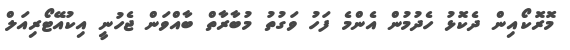
މޮރޮކޯއިން ދެކޮޅު ހެދުމުން އެންމެ ފަހު ވަގުތު މުބާރާތް ބާއްވަން ޖެހުނީ އިކުއޭޓޯރިއަލް